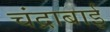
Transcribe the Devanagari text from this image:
चंद्राबाई